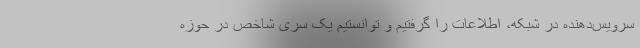
سرویس‌دهنده در شبکه، اطلاعات را گرفتیم و توانستیم یک سری شاخص در حوزه